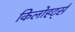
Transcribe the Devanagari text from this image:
किलोहर्ट्स